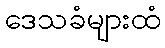
ဒေသခံများထံ